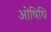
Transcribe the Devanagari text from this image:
ओषिधि